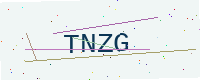
Text: TNZG